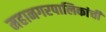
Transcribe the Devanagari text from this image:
महानगरपालिकांची